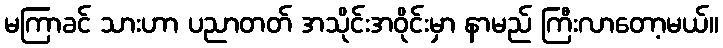
မကြာခင် သားဟာ ပညာတတ် အသိုင်းအဝိုင်းမှာ နာမည် ကြီးလာတော့မယ်။